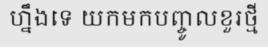
ហ្នឹងទេ យកមកបញ្ចូលខួរថ្មី